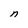
Character: n